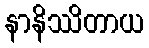
နာနိဿိတာယ